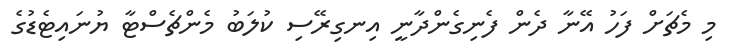
މި މެޗަށް ފަހު އޭނާ ދެން ފެނިގެންދާނީ އިނގިރޭސި ކުލަބު މެންޗެސްޓާ ޔުނައިޓެޑުގެ